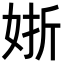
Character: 𡝊